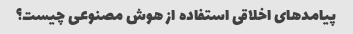
پیامدهای اخلاقی استفاده از هوش مصنوعی چیست؟